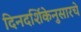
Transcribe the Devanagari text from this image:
दिनदर्शिकेनुसारचे